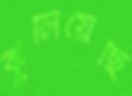
ঝুলিয়েছি